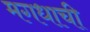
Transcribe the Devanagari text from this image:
मगधाची